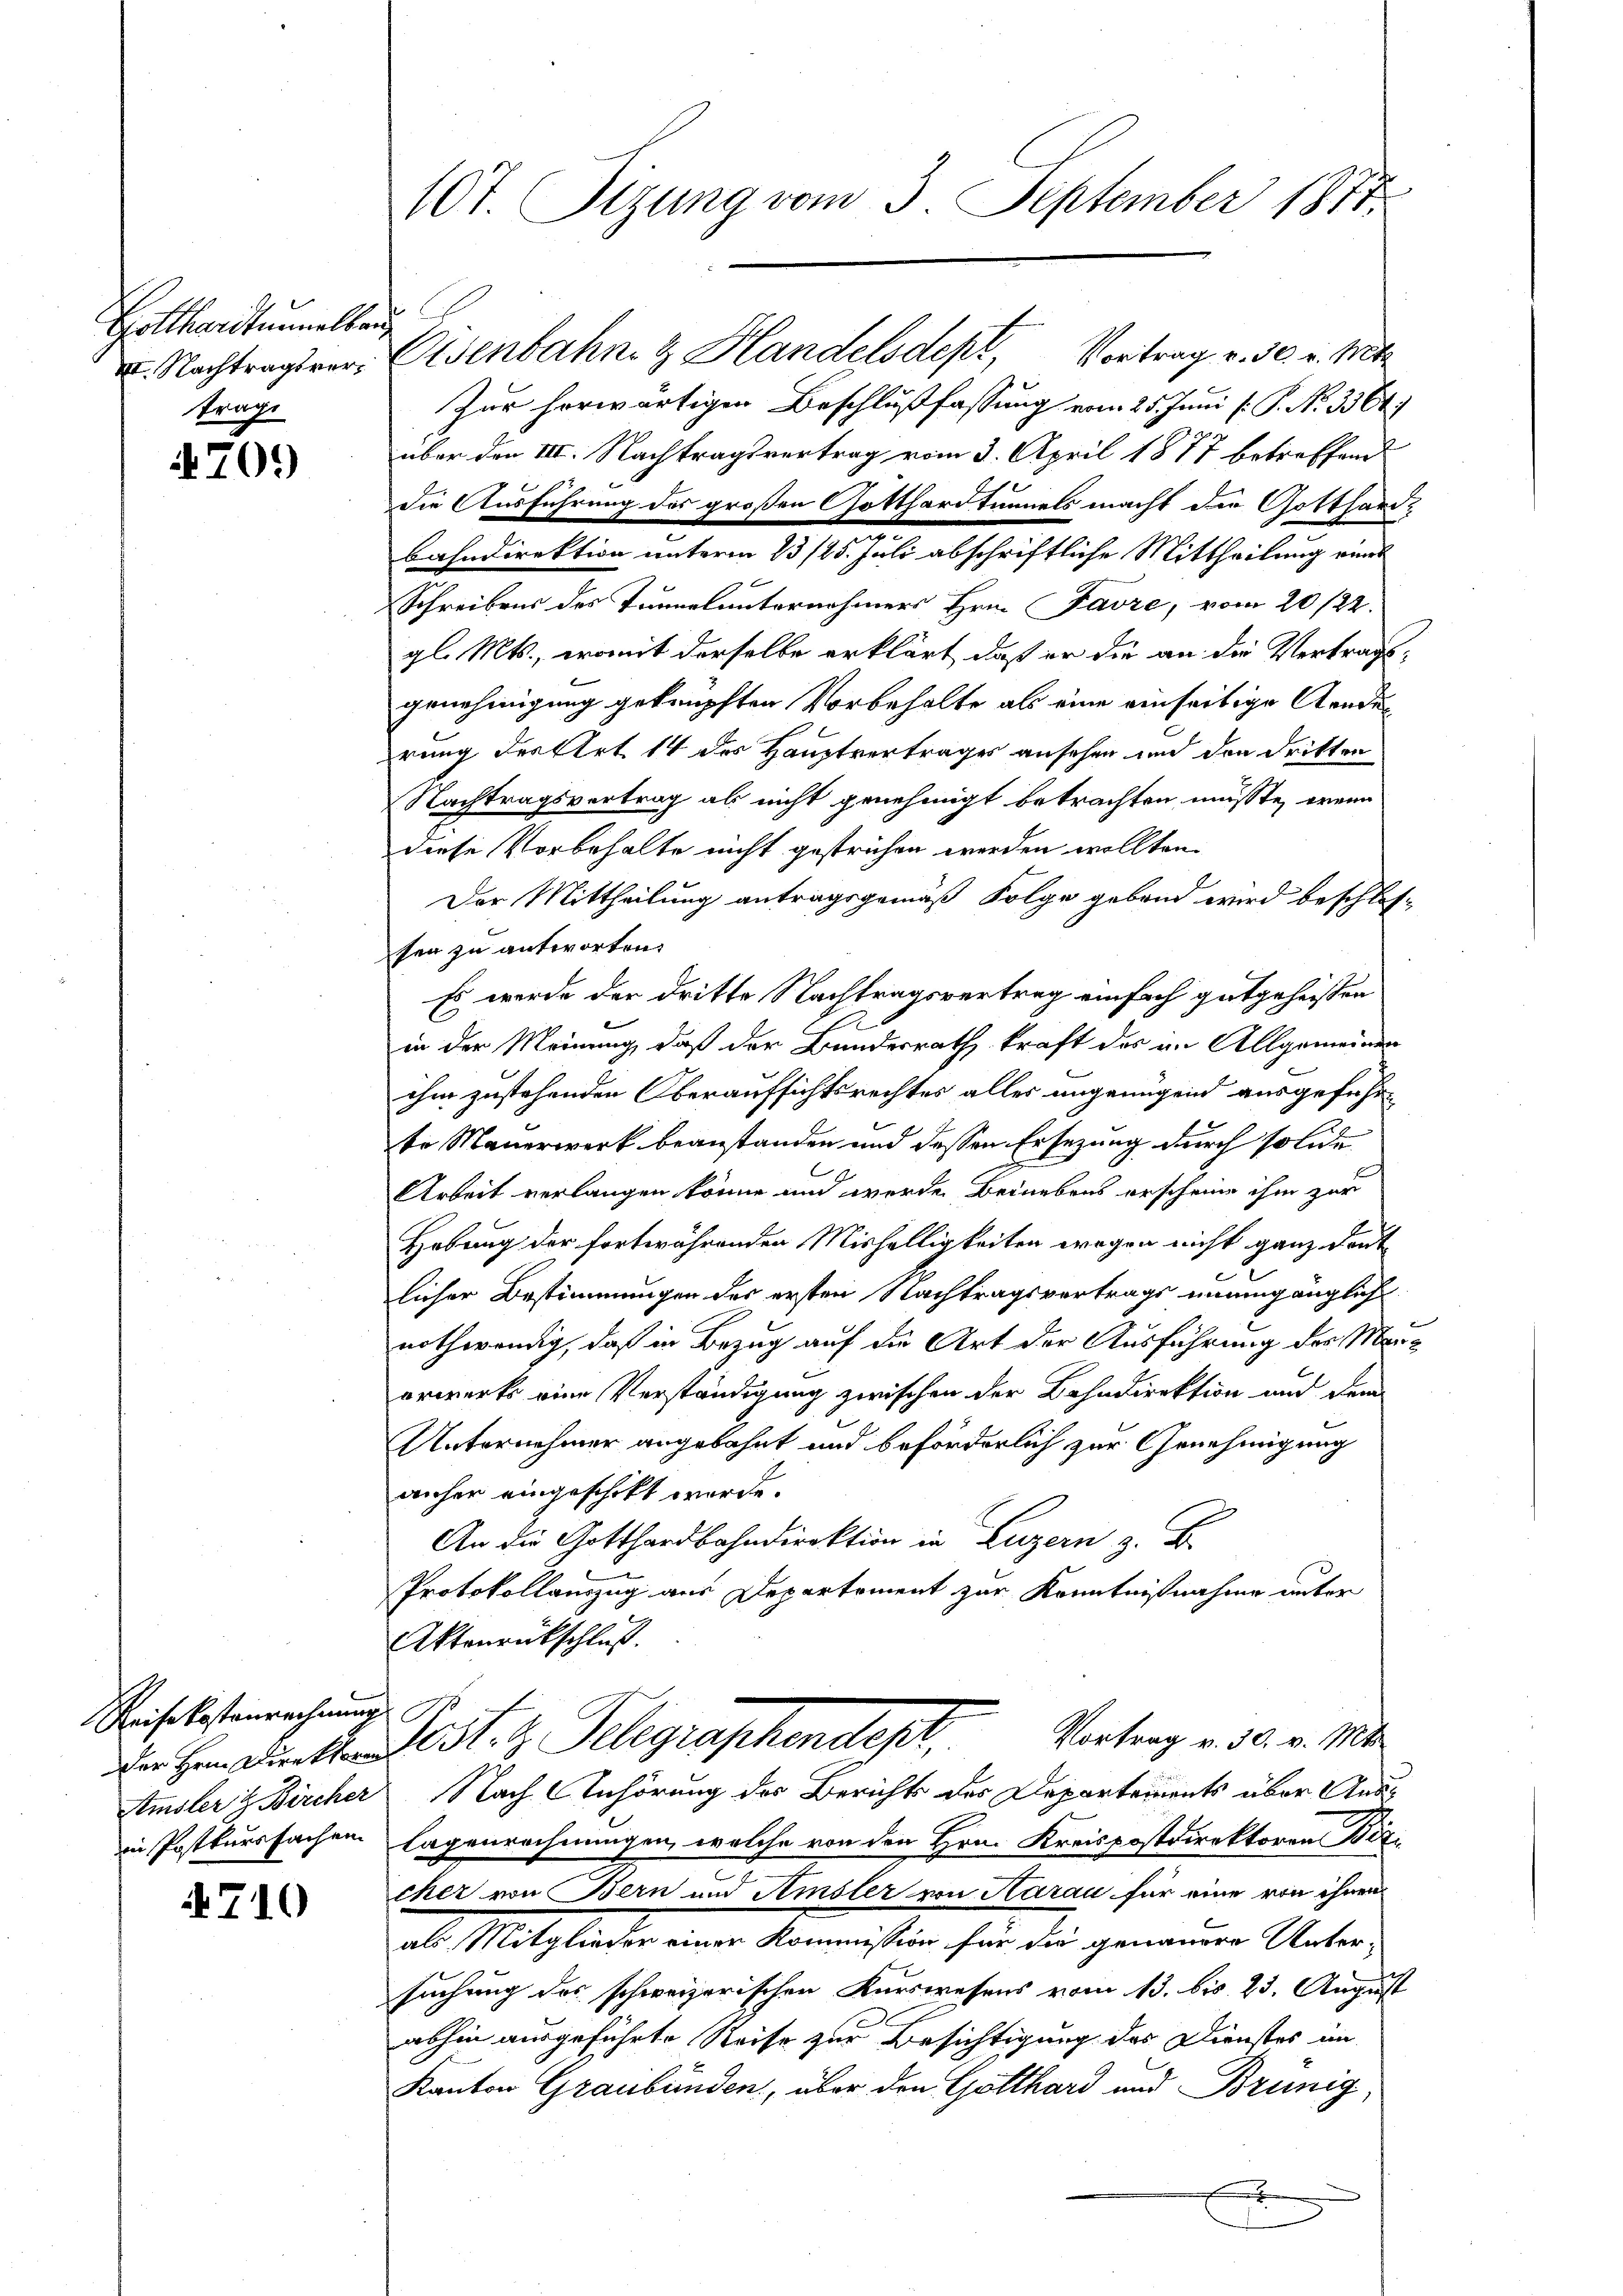
Gotthardtunnelken
II. Nachtragsvertrage

4701)

Reisekostenrechnung
Amsler & Bircher
in Postkurssachen

4710

10t. Tizung vom 3. September 1871.

Disenbahn & Handelsdept, Vortrag v. 30. v. Mt
Zur herwärtigen Beschlußfassung vom 25. Juni l. P. Nr. 3364)
über den III. Nachtragsvertrag vom 3. April 1877 betreffend
die Ausführung des großen Gotthardtunnels macht die Gotthard¬
A
bahndirektion unterm 13/25. Juli abschriftliche Mittheilung eines
Schreibens des Tunnelunternehmers Hrn. Favre, vom 20/22.
gl. Mts., womit derselbe erklärt, daß er die an die Vertragsgenehmigung geknüpften Vorbehalte als eine einseitige Aenden
hrung der Art. 14 des Hauptvertrages ansehen und den dritten
Nachtragsvertrag als nicht genehmigt betrachten müsste, wenn
diese Vorbehalte nicht gestrichen werden wollten.
Der Mittheilung antragsgemäß Folge gebend wird beschlos
sen zu antworten.
Es werde der dritte Nachtragsvertrag einfach gutgeheissen
in der Meinung, daß der Bundesrath kraft des im Allgemeinen
ihm zustehenden Oberaufsichtsrechtes alles ungenügend ausgeführ-
te Mauerwerk beanstanden und dessen Ersezung durch solide
Arbeit verlangen könne und werde Beinebens erscheine ihm zur
Hebung der fortwährenden Mishelligkeiten wegen nicht ganz deut
licher Bestimmungen des ersten Nachtragsvertrags unumgänglich
nothwendig, daß in Bezug auf die Art der Ausführung der Menerwerks eine Verständigung zwischen der Bahndirektion und dem
Unternehmer angebahnt und beförderlich zur Genehmigung
anher eingeschikt werde.
An die Gotthardbahndirektion in Luzern z. B.
Protokollauszug aus Departement zur Kenntnißnahme unter
Aktenrückschluß.
Vortrag v. 30. v. Mts.
Dechen Anstand. S. z. Telegraphendepr
Nach Anhörung des Berichts des Departements über Auss
lagenrechnungen, welche von den Hrn. Kreispostdirektoren Bezi
cher von Bern und Amsler von Aarau für eine von ihnen
als Mitglieden einer Kammensten für die gemeinen Untersuchung des schweizerischen Kurswesens vom 13. bis 23. August
abhin ausgeführte Reise zur Besichtigung des Dienstes im
Kanton Graubünden, über den Gotthard und Brünig
.